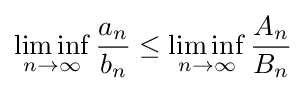
\liminf _{n\to \infty }{\frac {a_{n}}{b_{n}}}\leq \liminf _{n\to \infty }{\frac {A_{n}}{B_{n}}}